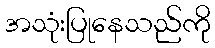
အသုံးပြုနေသည်ကို